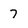
Character: 7